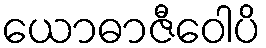
ယောဓာဇီဝေါပိ